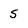
Character: s